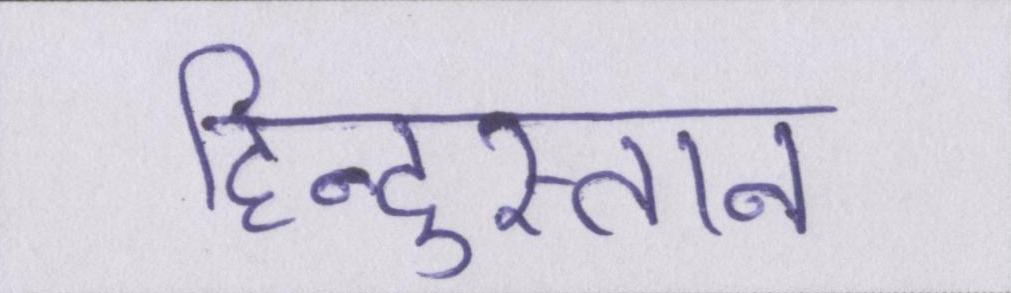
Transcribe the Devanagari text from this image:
हिन्दुस्तान